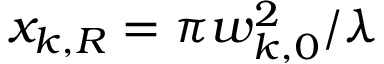
x _ { k , R } = { \pi w _ { k , 0 } ^ { 2 } } / { \lambda }